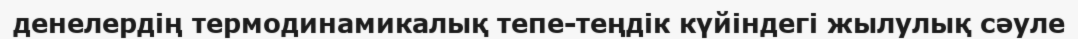
денелердің термодинамикалық тепе-теңдік күйіндегі жылулық сәуле